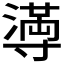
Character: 𫴴